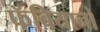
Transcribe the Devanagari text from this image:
फॅबियानो